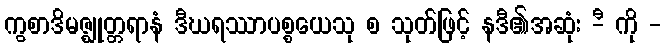
ကွစာဒိမဇ္ဈုတ္တရာနံ ဒီဃရဿာပစ္စယေသု စ သုတ်ဖြင့် နဒီ၏အဆုံး -ီ ကို -